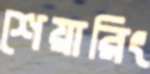
শেয়ারিং